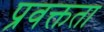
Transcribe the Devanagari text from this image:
प्रवक्तता